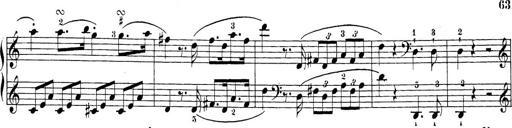
Title: Sonatina Album
Composer: Louis KÃ¶hler